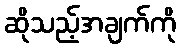
ဆိုသည့်အချက်ကို